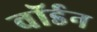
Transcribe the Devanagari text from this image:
वॉर्डन